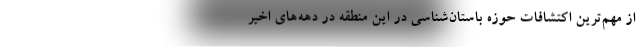
از مهم‌ترین اکتشافات حوزه باستان‌شناسی در این منطقه در دهه‌های اخیر